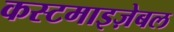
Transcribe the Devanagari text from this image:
कस्टमाइज़ेबल